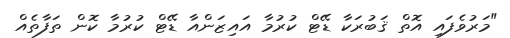
"މަރުވެފައި އޮތް ޤަބުރަކާ ޑޭޓް ކުރުމާ އައިޒަންއާ ޑޭޓް ކުރުމާ ކޮން ތަފާތެއް